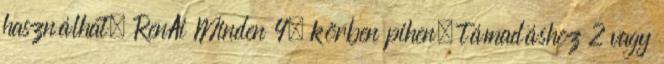
használhat. RenAi Minden 4. körben pihen, támadáshoz 2 vagy